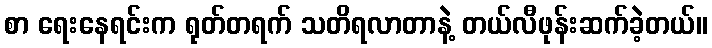
စာ ရေးနေရင်းက ရုတ်တရက် သတိရလာတာနဲ့ တယ်လီဖုန်းဆက်ခဲ့တယ်။